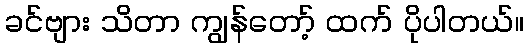
ခင်ဗျား သိတာ ကျွန်တော့် ထက် ပိုပါတယ်။